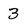
Character: 3